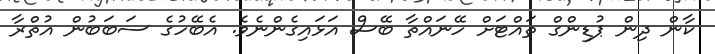
ކާން ދިން ޕުޑިންގް ތައްޓަށް ހޭނައްތާ ބޭސް އަޅައިގެންނެވެ. އެބޭހުގެ ސަބަބުން އުތްރާ